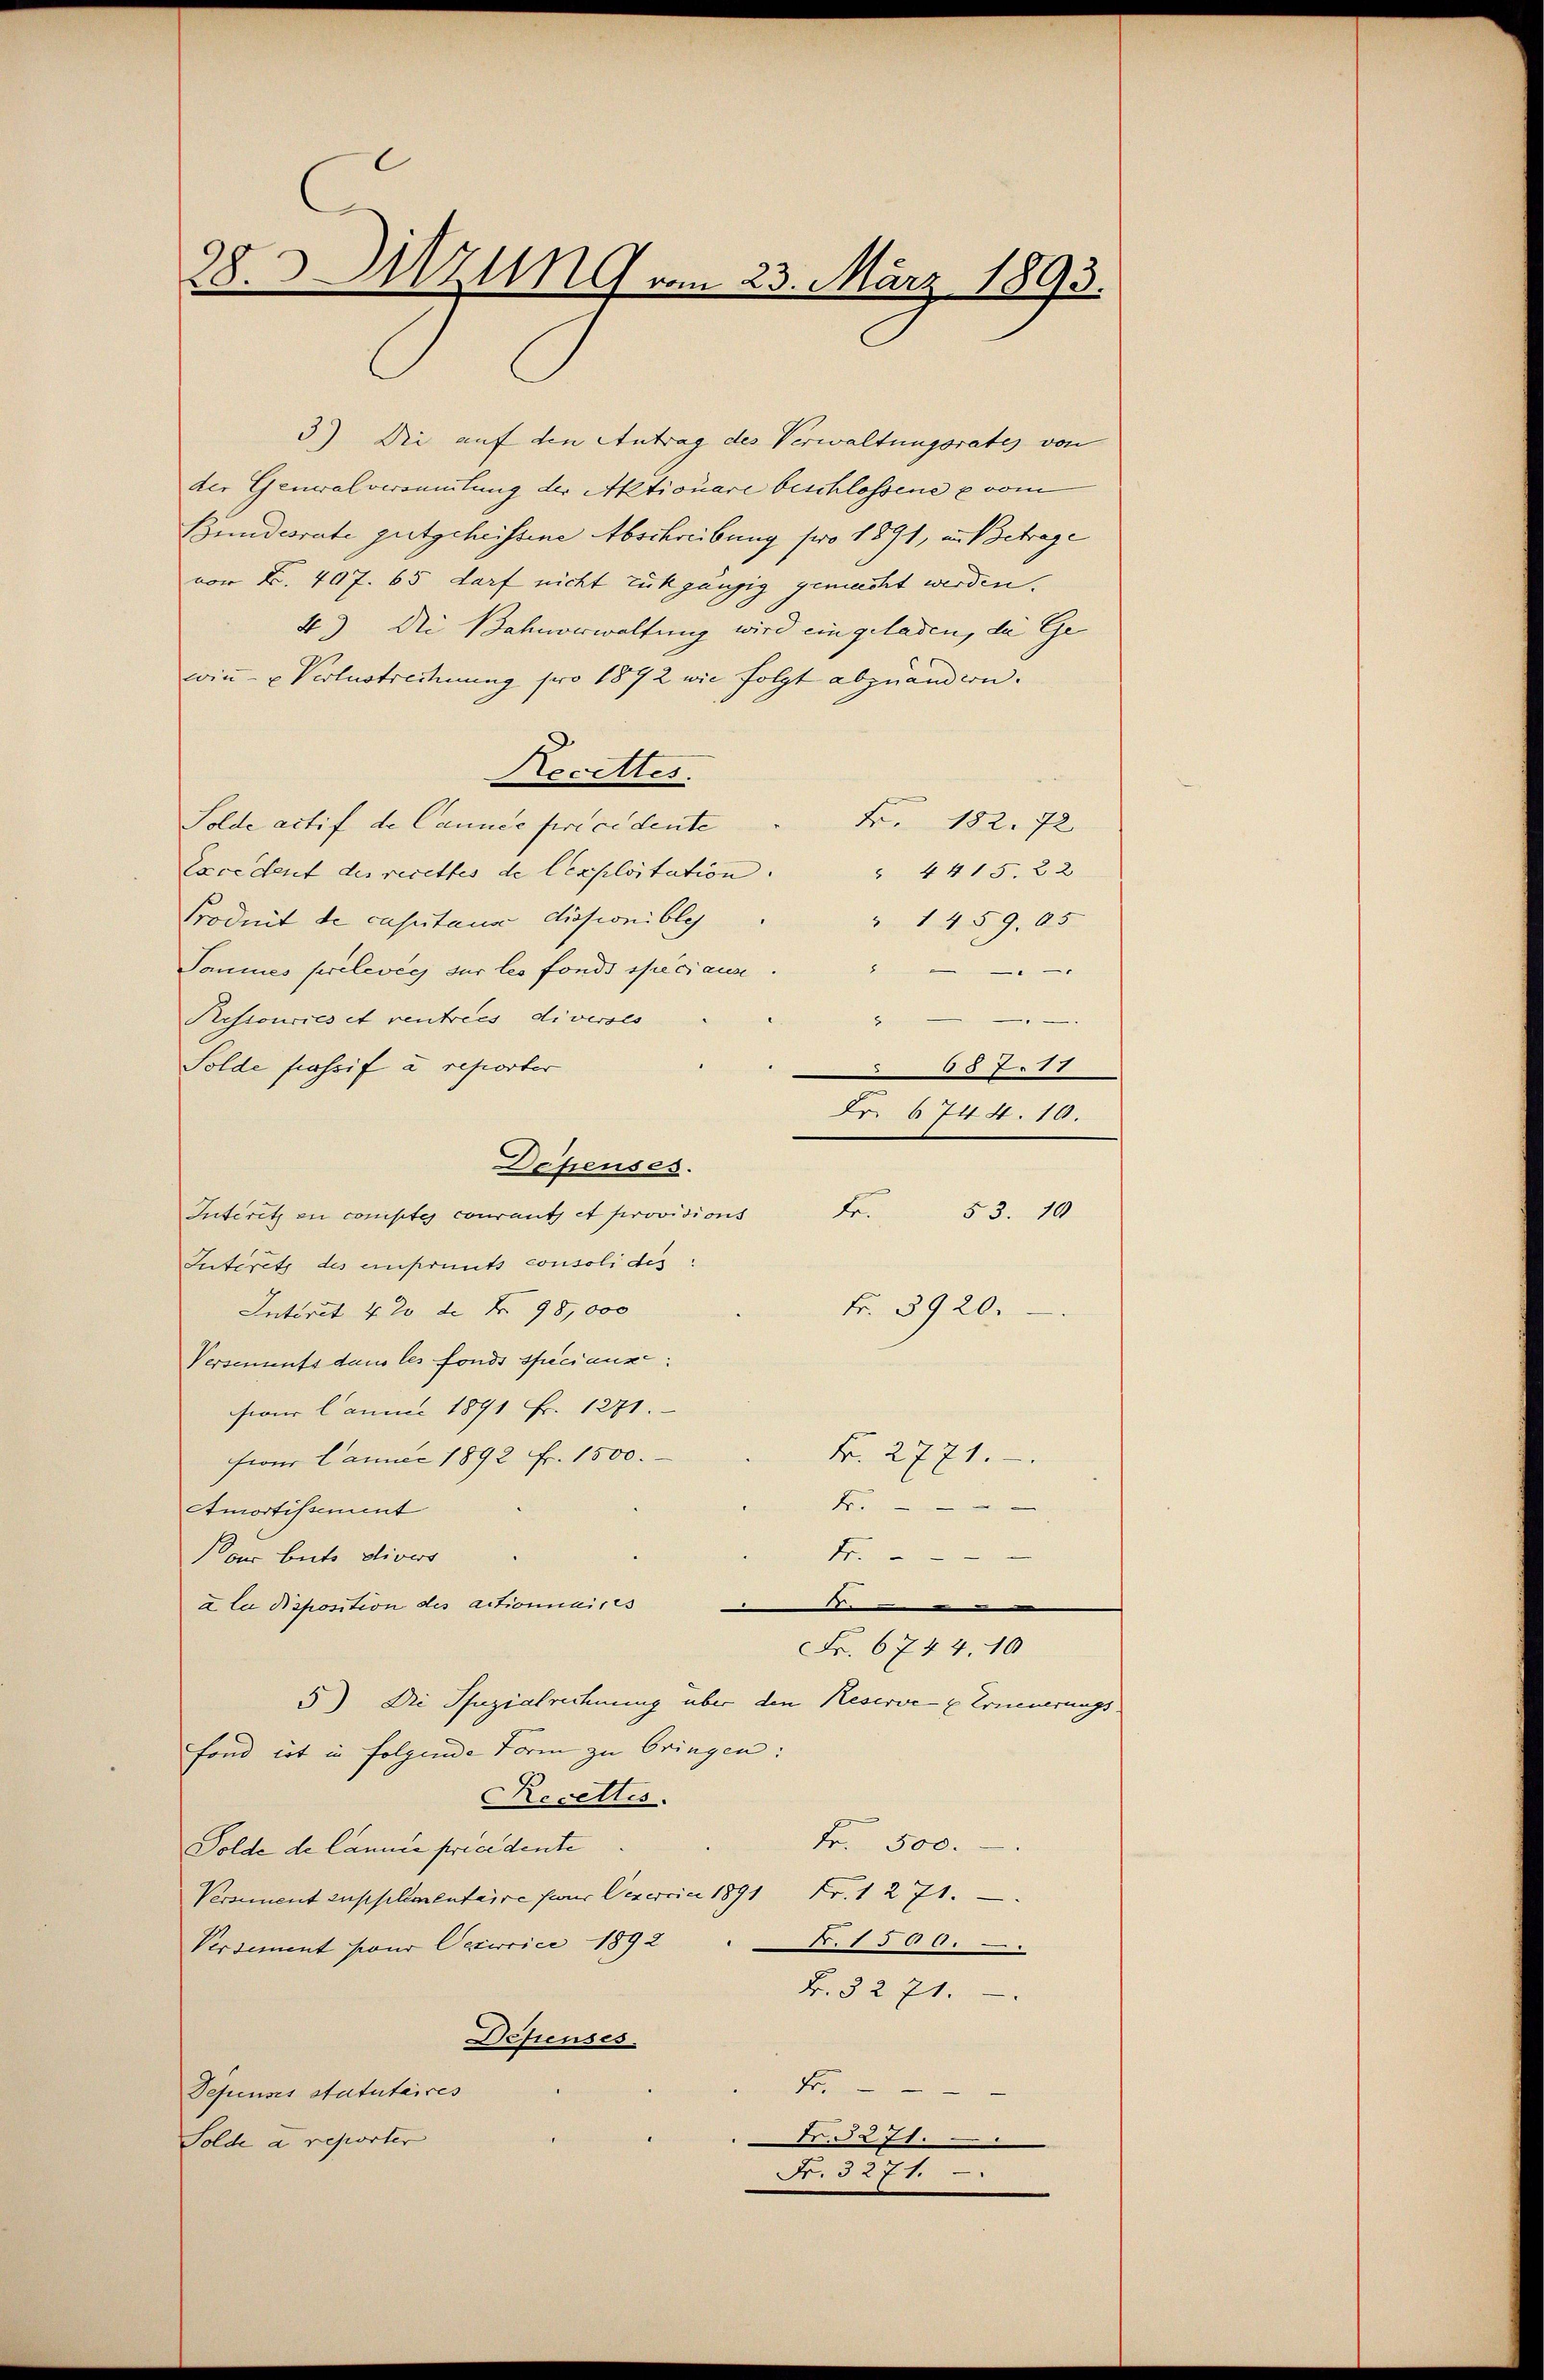
28.3 MZug vom 23. März 1893.

3) Die auf den Antrag des Verwaltungsrates von
der Generalvermutung der Aktionare beschlossene vom
Bundesrate gutgeheissene Abschreibung pro 1891, in Betrage
vor L. 407. 65 darf nicht rückgängig gemacht werden.
4) Die Bahnverwaltung wird ein geladen, die Ge-
win- u Verlustrechnung pro 1872 wie folgt abzuändern.
Recettes.
Fr. 182. 72
Solde actif de Cannée per cidente
Excedent des recettes de lexploitation.
" 4415. 22
Produit de capitaus dissionibleh
" 1459. 65
2
Samines prélevée sur les fonds speciaus
.
Ressources et rentrees diverses
H
Solde passif a reporter
15777
Fr. 6744. 10.
Depenses.
Interitz en conistes courants et provisions Fr. 53. 10
Iutiret des einprents consolides,
Fr. 3920.
Interit 42 de Nr. 98, 000
Versements dans les fonds speciaux:
four launi 1891 Fr. 1271.
K. 2771.
sion Lannec 1892 fr. 1500.
Fr.
Amortissement
4.
der beits divers
a la disposition des actionnaires
8
Fr. 6744. 10
5) Die Spezialrechnung über den Reserve u Erneuerungs-
Fond ist in folgende Form zu bringen:
Receltis.
Fr. 500.
Folde de Cannie precedente
Versement supplimentaire pour exercici 1891 Fr. 1271.
N. 1500.
Versement pour Veririci 1892
B. § 271.
Desienses.
F
Sepinses Statutaires
.3271.
Solde a reporter
Fr. 3271.